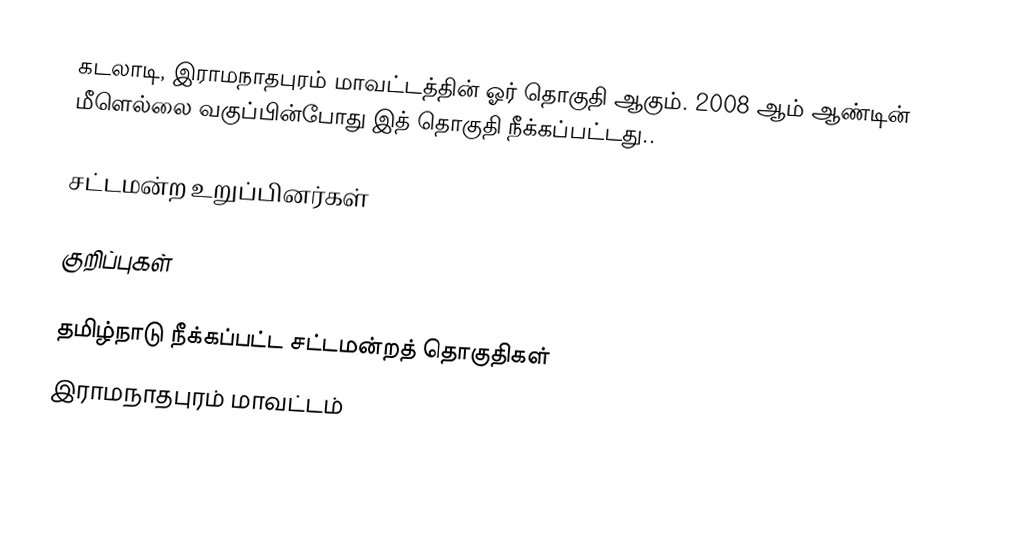
கடலாடி, இராமநாதபுரம் மாவட்டத்தின் ஓர் தொகுதி ஆகும். 2008 ஆம் ஆண்டின் மீளெல்லை வகுப்பின்போது இத் தொகுதி நீக்கப்பட்டது..

சட்டமன்ற உறுப்பினர்கள்

குறிப்புகள்

தமிழ்நாடு நீக்கப்பட்ட சட்டமன்றத் தொகுதிகள்
இராமநாதபுரம் மாவட்டம்